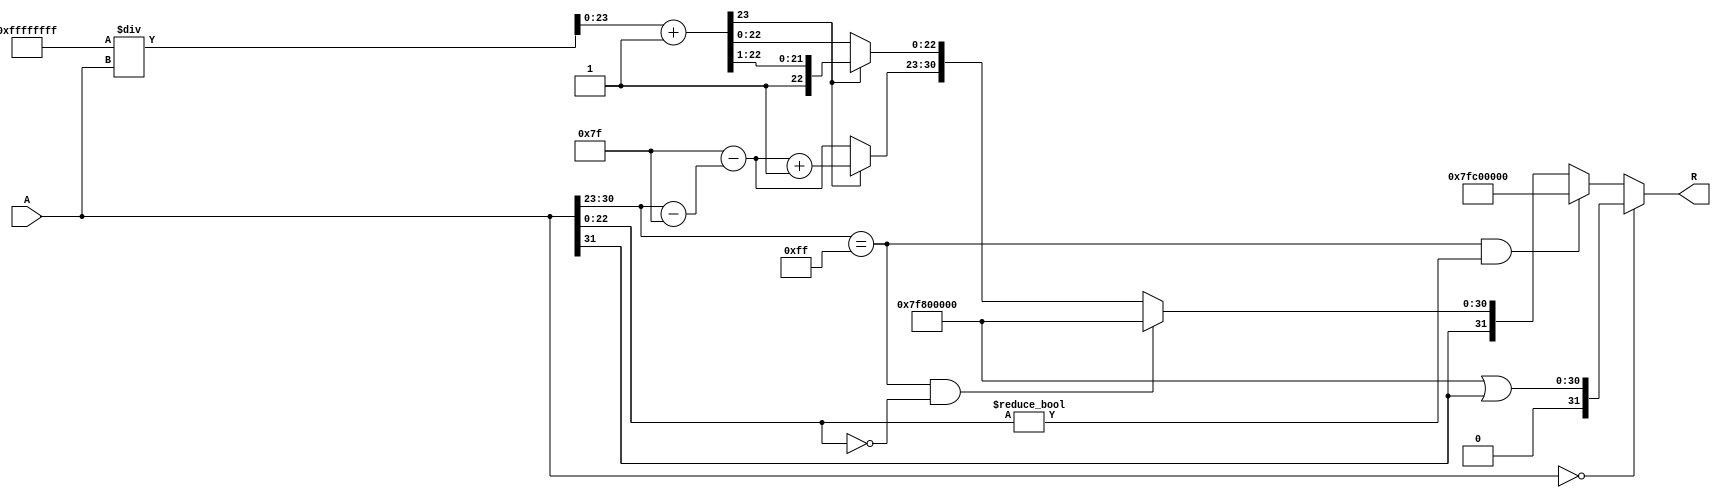
module floating_point_reciprocal (
    input  [31:0] A,  // Input: 32-bit IEEE 754 floating-point number
    output reg [31:0] R // Output: 32-bit IEEE 754 floating-point reciprocal
);

    // Constants
    parameter [7:0] EXPONENT_BIAS = 8'd127;
    parameter [31:0] INFINITY = 32'h7F800000;
    parameter [31:0] NaN = 32'h7FC00000; // Example NaN representation

    // Internal signals
    reg [7:0] E_A;         // Exponent of A
    reg [23:0] M_A;        // Mantissa of A
    reg S_A;              // Sign of A
    reg [47:0] M_R;        // Mantissa of reciprocal
    reg [7:0] E_R;         // Exponent of reciprocal
    reg [31:0] approx;     // Initial approximation of reciprocal

    // Decompose the input A
    always @* begin
        S_A = A[31];
        E_A = A[30:23];
        M_A = {1'b1, A[22:0]}; // Normalize the mantissa (1.M)

        // Check special cases
        if (A == 32'b0) begin
            R = INFINITY | S_A; // Output infinity with the same sign
        end else if (A[30:23] == 8'b11111111 && A[22:0] != 0) begin
            R = NaN; // Propagate NaN
        end else if (A[30:23] == 8'b11111111 && A[22:0] == 0) begin
            R = {S_A, 8'b11111111, 23'b0}; // Output infinity
        end else begin
            // Start the reciprocal calculation
            // Initial approximation using bit manipulation
            approx = (32'hFFFFFFFF / A) + 1; // Simple approximation
            M_R = approx[23:0]; // Get the mantissa of the approximation
            E_R = EXPONENT_BIAS - (E_A - EXPONENT_BIAS); // Adjust the exponent
            
            // Normalize and round the result
            // Note: Rounding and normalization should be done according to IEEE 754 rules.
            if (M_R[23]) begin
                M_R = M_R >> 1; // Right shift if mantissa is overflowed
                E_R = E_R + 1;
            end

            // Combine the results
            R = {S_A, E_R, M_R[22:0]};
        end
    end
endmodule